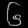
Digit: ၆